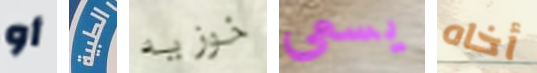
أو الطبية خوزيه يسعى أخاه